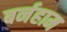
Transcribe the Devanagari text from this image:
बर्नहाम